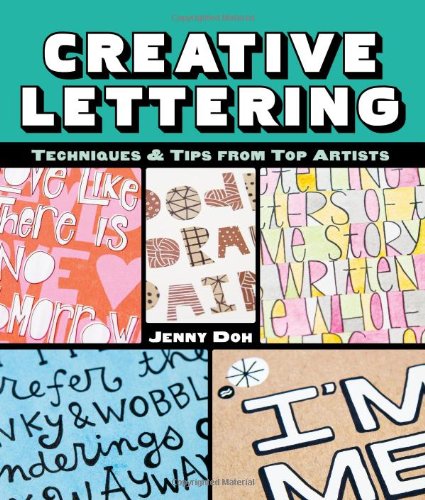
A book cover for Creative Lettering: Techniques & Tips from Top Artists; Jenny Doh; Arts & Photography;